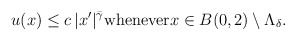
\begin{align*}u(x) \leq c \, |x'|^{\bar \gamma} \textrm{whenever}x \in B(0,2) \setminus \Lambda_\delta.\end{align*}